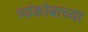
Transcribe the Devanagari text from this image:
व्यंकोबाच्या